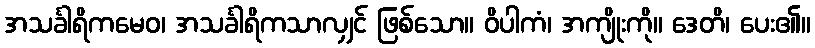
အသင်္ခါရိကမေဝ၊ အသင်္ခါရိကသာလျှင် ဖြစ်သော။ ဝိပါကံ၊ အကျိုးကို။ ဒေတိ၊ ပေး၏။